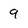
Character: 9